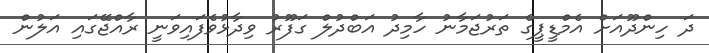
ދަ ހިންދޫއަށް އެމްޑީޕީގެ ތަރުޖަމާނު ހާމިދު އަބްދުލް ގަފޫރު ވިދާޅުވެފައިވަނީ ރާއްޖޭގައި އަލުން